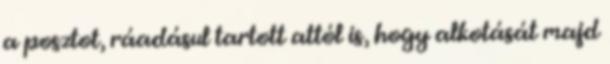
a posztot, ráadásul tartott attól is, hogy alkotását majd